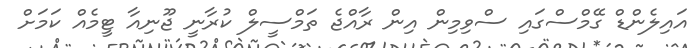
އައިލެންޑް ގޭމްސްގައި ސްވިމިން އިން ރާއްޖެ ތަމްސީލް ކުރާނީ ޖޫނިއާ ޓީމެއް ކަމަށް